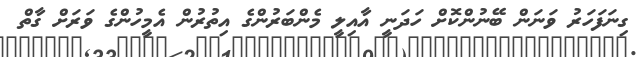
ގިނަފަހަރު ވަނަން ބޭނުންކޮށް ހަދަނީ އާއިލީ މެންބަރުންގެ އިތުރުން އެމީހުންގެ ވަރަށް ގާތް